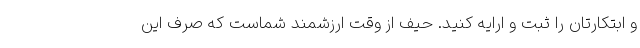
و ابتکارتان را ثبت و ارایه کنید. حیف از وقت ارزشمند شماست که صرف این